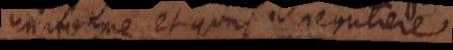
uniforme et quasi reguliere.